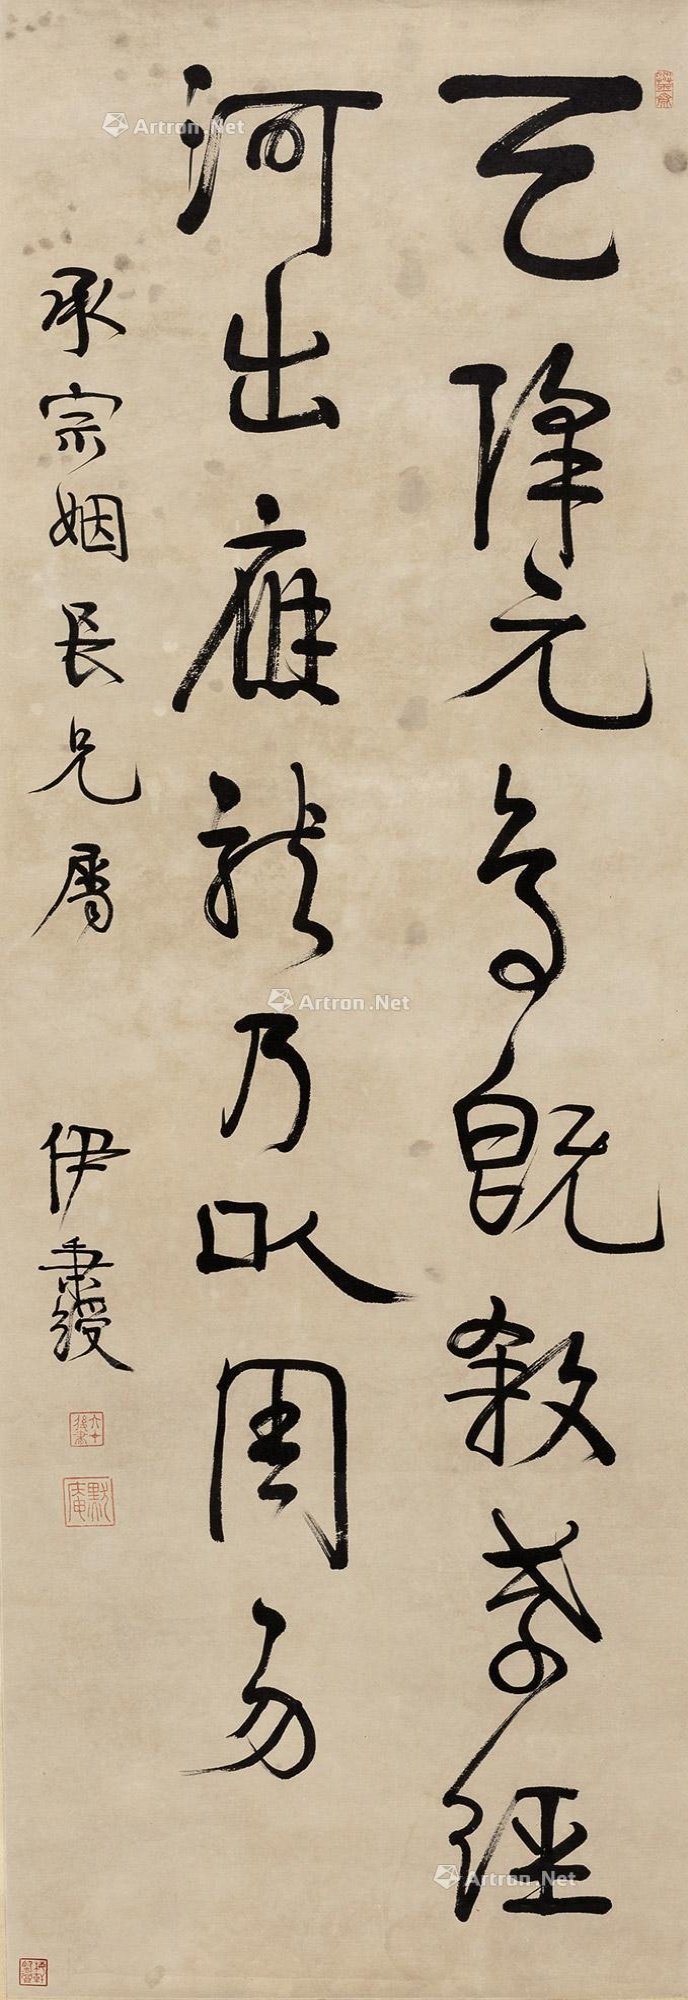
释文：天降元鸟，既杀孝经。河出应龙，乃以周易。承宗姻长兄属，伊秉绶。